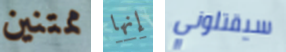
ممتنين إنها سيقتلوني